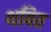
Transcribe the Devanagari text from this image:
थबित